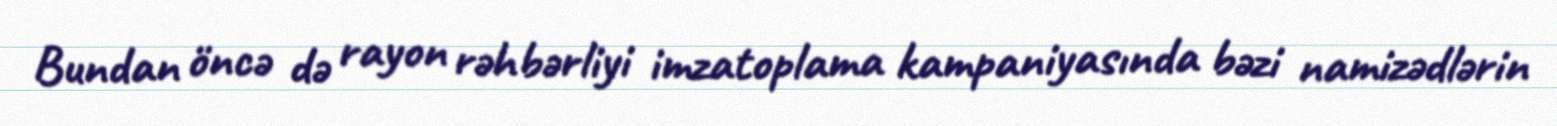
Bundan öncə də rayon rəhbərliyi imzatoplama kampaniyasında bəzi namizədlərin